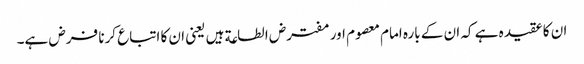
ان کا عقیدہ ہے کہ ان کے بارہ امام معصوم اور مفترض الطاعة ہیں یعنی ان کا اتباع کرنا فرض ہے۔